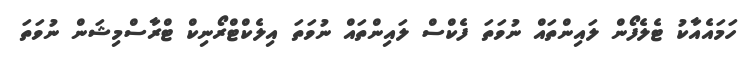
ހަމައެއާކު ޓެލެފޯން ލައިންތައް ނުވަތަ ފެކްސް ލައިންތައް ނުވަތަ އިލެކްޓްރޯނިކް ޓްރާސްމިޝަން ނުވަތަ